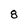
Character: 8